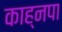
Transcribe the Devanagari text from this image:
काह्नपा